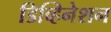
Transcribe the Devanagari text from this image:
डिव्हिनेशन